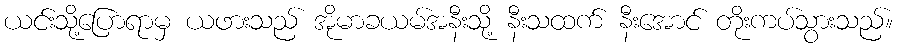
ယင်းသို့ပြောရာမှ ယဖားသည် အိုမာခယမ်အနီးသို့ နီးသထက် နီးအောင် တိုးကပ်သွားသည်။